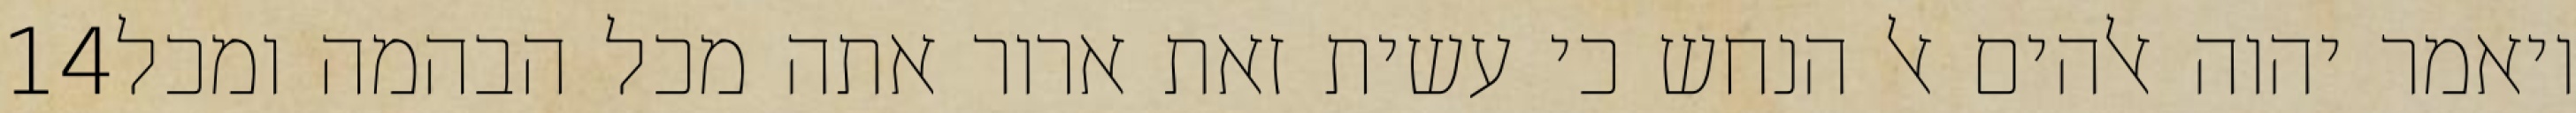
‎14‏ ויאמר יהוה אלהים אל הנחש כי עשית זאת ארור אתה מכל הבהמה ומכל